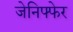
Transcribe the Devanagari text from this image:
जेनिफ्फेर